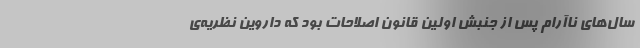
سال‌های ناآرام پس از جنبش اولین قانون اصلاحات بود که داروین نظریه‌ی